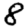
Digit: 8